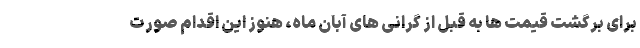
برای برگشت قیمت ها به قبل از گرانی های آبان ماه، هنوز این اقدام صورت